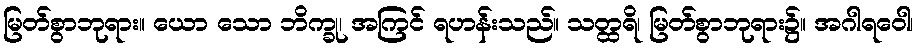
မြတ်စွာဘုရား။ ယော သော ဘိက္ခု၊ အကြင် ရဟန်းသည်။ သတ္ထရိ၊ မြတ်စွာဘုရား၌။ အဂါရဝေါ၊